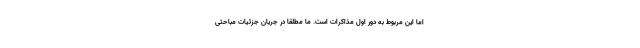
اما این مربوط به دور اول مذاکرات است. ما مطلقاً در جریان جزئیات مباحثی